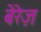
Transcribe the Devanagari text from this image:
बेरेज़